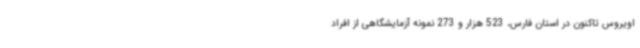
اویروس تاکنون در استان فارس، 523 هزار و 273 نمونه آزمایشگاهی از افراد